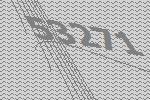
53271